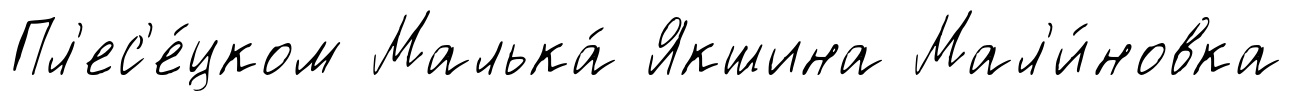
Пл'ес'е́цком Малька́ Якшина Мал'и́новка